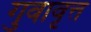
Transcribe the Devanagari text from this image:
गुवावृत्त